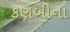
કણબીના